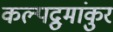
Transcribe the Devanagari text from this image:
कल्पद्रुमांकुर